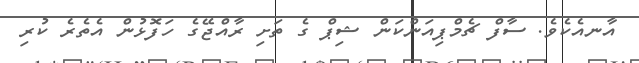
އާނއެކެވެ. ސާފް ޗެމްޕިިއަންކަން ޝިޕް ގެ ތަށި ރާއްޖޭގެ ހަފޮޅުން އެތެރެ ކުރި